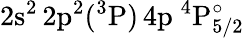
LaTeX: \mathrm{2s^{2}\, 2p^{2}(^{3}P)\, 4p~^{4}P_{5/2}^{\circ}}